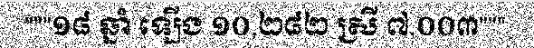
"""១៨ ឆ្នាំ ឡើង ១០,២៨២ ស្រី ៧,០០៣"""